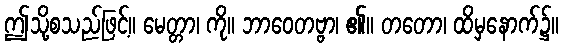
ဤသို့စသည်ဖြင့်။ မေတ္တာ၊ ကို။ ဘာဝေတဗ္ဗာ၊ ၏။ တတော၊ ထိမှနောက်၌။